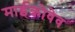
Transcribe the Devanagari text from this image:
माईक्रोवेव